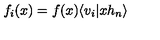
f _ { i } ( x ) = f ( x ) \langle v _ { i } \vert x h _ { n } \rangle